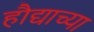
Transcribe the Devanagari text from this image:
हौद्याच्या